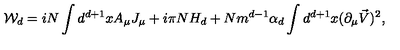
{ \cal W } _ { d } = i N \int d ^ { d + 1 } x A _ { \mu } J _ { \mu } + i \pi N H _ { d } + N m ^ { d - 1 } \alpha _ { d } \int d ^ { d + 1 } x ( \partial _ { \mu } \vec { V } ) ^ { 2 } ,